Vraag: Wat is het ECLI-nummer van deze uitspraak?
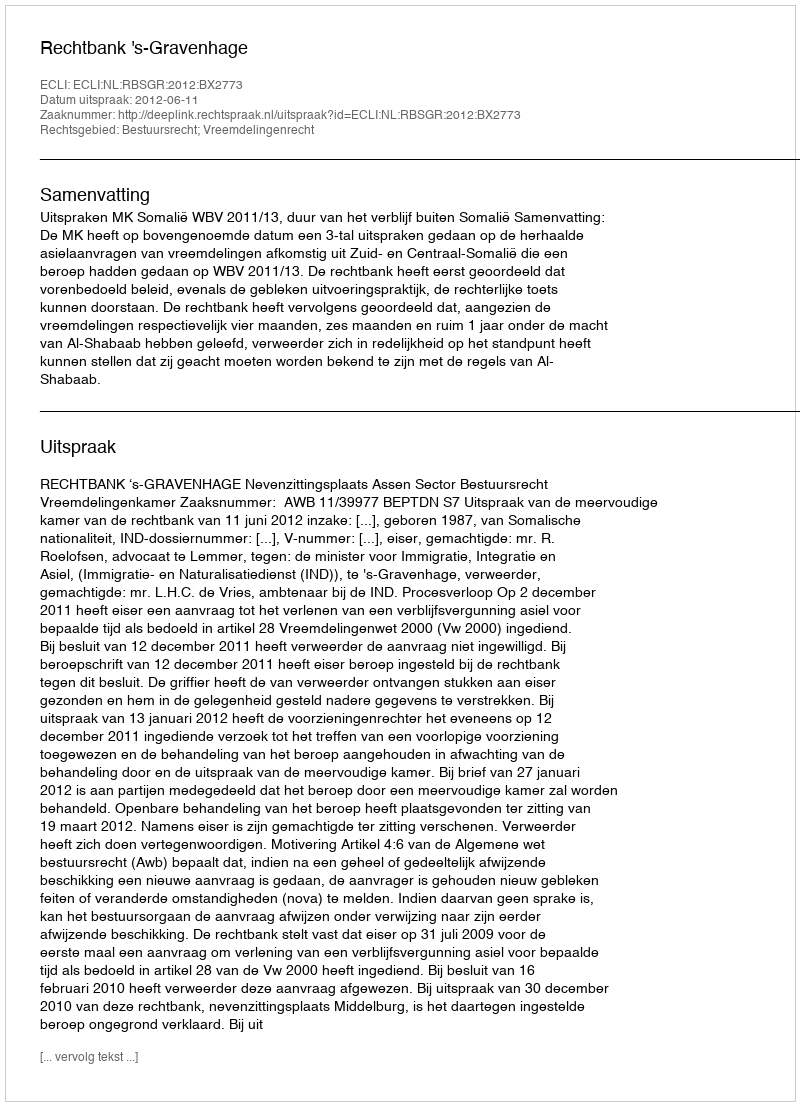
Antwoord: ECLI:NL:RBSGR:2012:BX2773